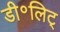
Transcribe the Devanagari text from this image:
डी॰लिट्